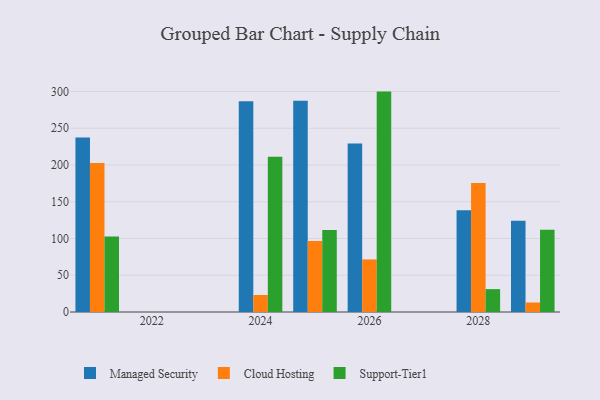
{"axis": {"x": "Year", "y": "Humidity (%)"}, "legend": ["Cloud Hosting", "Managed Security", "Support-Tier1"], "data": [{"x": "2029", "y": 124.1, "type": "Managed Security"}, {"x": "2029", "y": 12.9, "type": "Cloud Hosting"}, {"x": "2029", "y": 112.0, "type": "Support-Tier1"}, {"x": "2025", "y": 287.5, "type": "Managed Security"}, {"x": "2025", "y": 96.6, "type": "Cloud Hosting"}, {"x": "2025", "y": 111.6, "type": "Support-Tier1"}, {"x": "2021", "y": 237.4, "type": "Managed Security"}, {"x": "2021", "y": 202.6, "type": "Cloud Hosting"}, {"x": "2021", "y": 102.9, "type": "Support-Tier1"}, {"x": "2028", "y": 138.6, "type": "Managed Security"}, {"x": "2028", "y": 175.4, "type": "Cloud Hosting"}, {"x": "2028", "y": 31.1, "type": "Support-Tier1"}, {"x": "2024", "y": 286.7, "type": "Managed Security"}, {"x": "2024", "y": 23.1, "type": "Cloud Hosting"}, {"x": "2024", "y": 211.4, "type": "Support-Tier1"}, {"x": "2026", "y": 229.3, "type": "Managed Security"}, {"x": "2026", "y": 71.5, "type": "Cloud Hosting"}, {"x": "2026", "y": 299.9, "type": "Support-Tier1"}]}